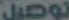
توصيل